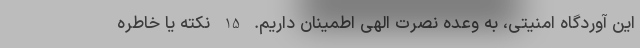
این آوردگاه امنیتی، به وعده نصرت الهی اطمینان داریم. 15 نکته یا خاطره